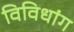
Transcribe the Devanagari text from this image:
विविधांग